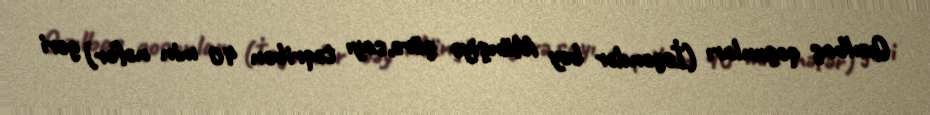
Qızılbaş qoşunları (İsgəndər bəy Münşiyə görə,sayı təqribən 40 min nəfər) geri